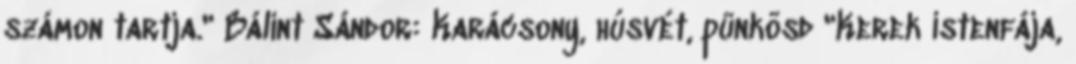
számon tartja." Bálint Sándor: Karácsony, húsvét, pünkösd "Kerek istenfája,